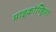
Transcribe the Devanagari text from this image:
माइकोण्ड्रिया